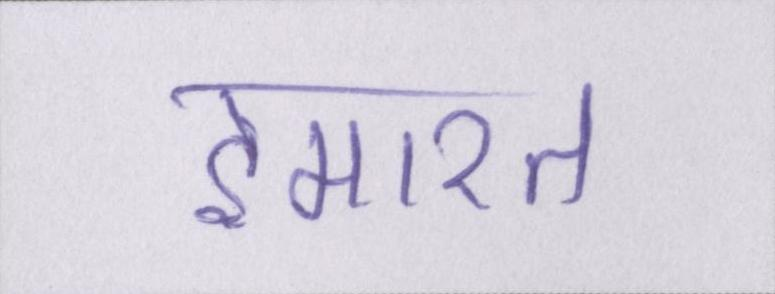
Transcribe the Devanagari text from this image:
इमारत